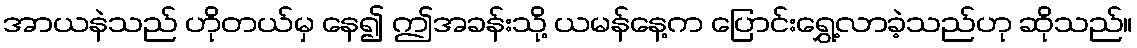
အာယနဲသည် ဟိုတယ်မှ နေ၍ ဤအခန်းသို့ ယမန်နေ့က ပြောင်းရွှေ့လာခဲ့သည်ဟု ဆိုသည်။